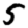
Digit: 5